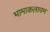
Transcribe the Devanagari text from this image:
भामाकलापम